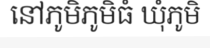
នៅភូមិភូមិធំ ឃុំភូមិ